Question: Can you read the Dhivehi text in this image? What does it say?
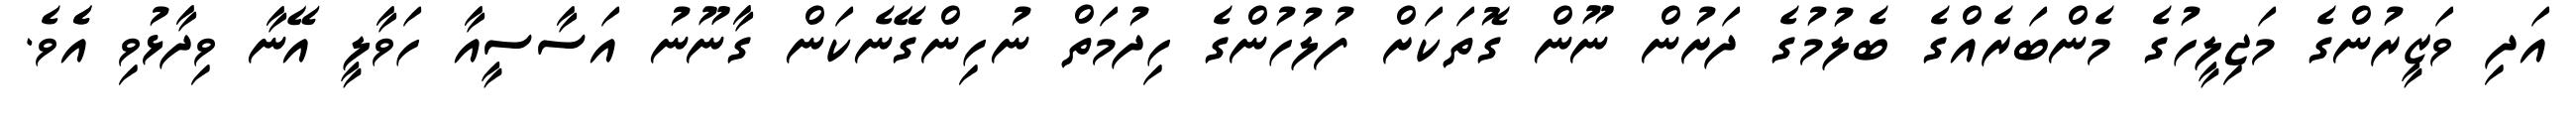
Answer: އަދި ވަޒީރުންގެ މަޖިލީހުގެ މެންބަރެއްގެ ބެލުމުގެ ދަށުން ނޫން ގޮތަކަށް ފުލުހުންގެ ހިދުމަތް ނުހިންގޭނެކަން ގާނޫނު އަސާސީއާ ހަވާލީ އޭނާ ވިދާޅުވި އެެވެ.